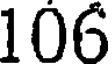
106